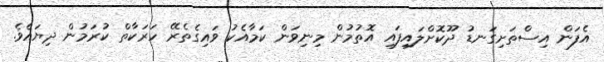
އެފަން އިސްތަށިގަނޑު ދޫކޮށްލައިފައި އޮތުމުން މިނިވަން ކަމާއެކު ވައިގެތެރޭ ހަރަކާތް ކުރަމުން ދިޔައެވެ.